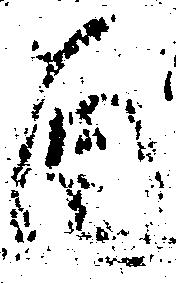
酉